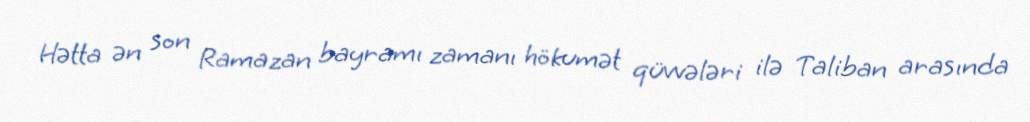
Hətta ən son Ramazan bayramı zamanı hökumət qüvvələri ilə Taliban arasında